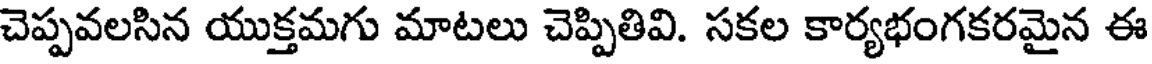
చెప్పవలసిన యుక్తమగు మాటలు చెప్పితివి. సకల కార్యభంగకరమైన ఈ